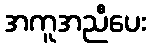
အကူအညီပေး